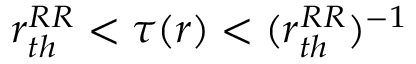
r _ { t h } ^ { R R } < \tau ( r ) < ( r _ { t h } ^ { R R } ) ^ { - 1 }